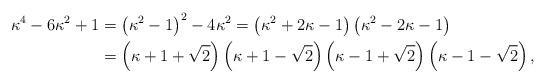
LaTeX: \begin{align*}\kappa^4 - 6 \kappa^2 + 1 &=\left( \kappa^2 - 1 \right)^2 - 4 \kappa^2 =\left( \kappa^2 + 2 \kappa - 1 \right)\left( \kappa^2 - 2 \kappa - 1 \right) \\ &=\left( \kappa + 1 + \sqrt{2} \right)\left( \kappa + 1 - \sqrt{2} \right)\left( \kappa - 1 + \sqrt{2} \right)\left( \kappa - 1 - \sqrt{2} \right),\end{align*}